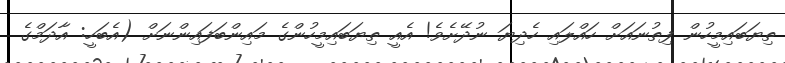
ތިޔަބައިމީހުން ފިތުނައަށް ހައްލައި ހެދިޔަ ނުދޭށެވެ! އެއީ ތިޔަބައިމީހުންގެ މައިންބަފައިންނަށް (އެބަހީ: އާދަމްގެ